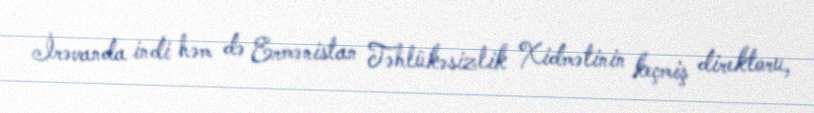
İrəvanda indi həm də Ermənistan Təhlükəsizlik Xidmətinin keçmiş direktoru,